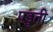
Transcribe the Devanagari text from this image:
पडुती